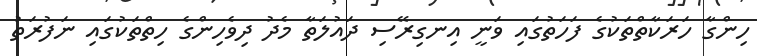
ހިންގާ ހަރަކާތްތަކުގެ ފަހަތުގައި ވަނީ އިނގިރޭސި ދައުލަތާ މެދު ދިވެހިންގެ ހިތްތަކުގައި ނަފުރަތު